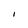
Character: l